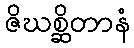
ဇိဃစ္ဆိတာနံ